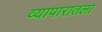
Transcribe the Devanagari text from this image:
व्यापारातला